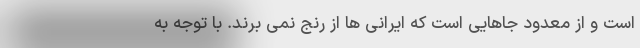
است و از معدود جاهایی است که ایرانی ها از رنج نمی برند. با توجه به